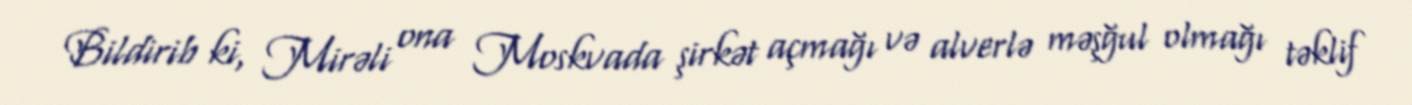
Bildirib ki, Mirəli ona Moskvada şirkət açmağı və alverlə məşğul olmağı təklif